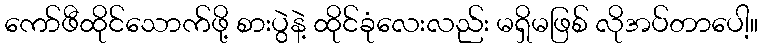
ကော်ဖီထိုင်သောက်ဖို့ စားပွဲနဲ့ ထိုင်ခုံလေးလည်း မရှိမဖြစ် လိုအပ်တာပေါ့။